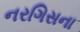
નરગિસના